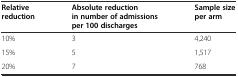
| Relative reduction | Absolute reduction in number of admissions per 100 discharges | Sample size per arm |
 | --- | --- | --- |
 | 10% | 3 | 4,240 |
 | 15% | 5 | 1,517 |
 | 20% | 7 | 768 |